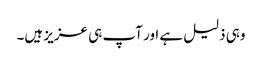
وہی ذلیل ہے اور آپ ہی عزیز ہیں۔